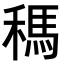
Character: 𥡗